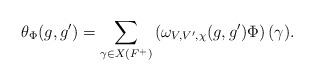
LaTeX: \begin{align*}\theta_\Phi(g,g')=\sum_{\gamma\in X(F^+)}\left(\omega_{V,V',\chi}(g,g')\Phi\right)(\gamma).\end{align*}